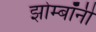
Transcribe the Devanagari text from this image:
झोम्बॉनी